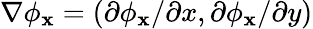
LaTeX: \nabla\phi_{\mathbf{x}}=(\partial\phi_{\mathbf{x}}/\partial x,\partial\phi_{\mathbf{x}}/\partial y)